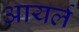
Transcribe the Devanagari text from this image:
आयर्ल